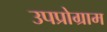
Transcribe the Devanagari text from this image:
उपप्रोग्राम